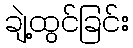
ချဲ့ထွင်ခြင်း